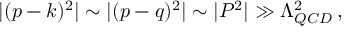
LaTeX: | ( p - k ) ^ { 2 } | \sim | ( p - q ) ^ { 2 } | \sim | P ^ { 2 } | \gg \Lambda _ { Q C D } ^ { 2 } \, ,